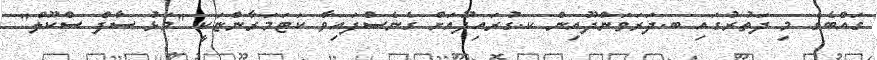
ގައްބެގެ މި ދަތުރުގައި ބ.ދަރަވަންދޫއިން ކ.ގުރައިދޫއަށް ގެނެސްފައިވާ ކަޓަމަރާންޏަކީ "މަޅު ސާފް ސްކޫލް"